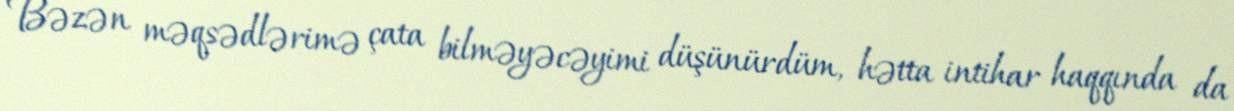
Bəzən məqsədlərimə çata bilməyəcəyimi düşünürdüm, hətta intihar haqqında da